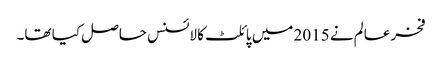
فخر عالم نے 2015 میں پائلٹ کا لائسنس حاصل کیا تھا۔